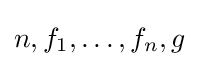
n,f_{1},\dots ,f_{n},g